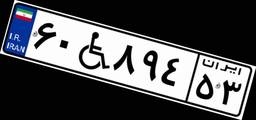
۶۰W۸۹۴۵۳